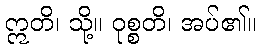
ဣတိ၊ သို့။ ဝုစ္စတိ၊ အပ်၏။